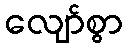
လျော်စွာ